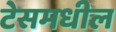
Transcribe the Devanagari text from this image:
टेसमधील